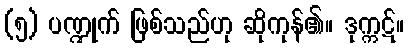
(၅) ပဏ္ဍုက် ဖြစ်သည်ဟု ဆိုကုန်၏။ ဒုက္ကဋ်။